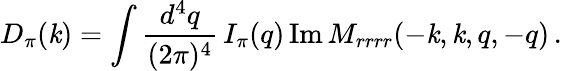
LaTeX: D_{\pi}(\mathit{k})=\int{\frac{{d^{4}q}}{{(2\pi)^{4}}}}\, I_{\pi}(q)\, \mathrm{{Im\, }}M_{rrrr}(-\mathit{k},\mathit{k},q,-q)\, .